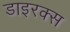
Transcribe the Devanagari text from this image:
डाइरक्स